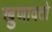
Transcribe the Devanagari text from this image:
खुणावतो